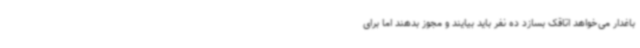
باغدار می‌خواهد اتاقک بسازد ده نفر باید بیایند و مجوز بدهند اما برای